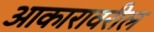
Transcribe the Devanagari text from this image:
आकारावरील